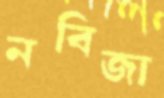
নবিজা